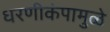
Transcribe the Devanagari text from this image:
धरणीकंपामुळे